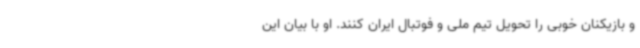
و بازیکنان خوبی را تحویل تیم ملی و فوتبال ایران کنند. او با بیان این